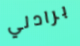
برادلي